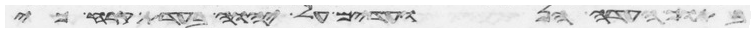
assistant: בתוך העדה הנועדים על יהוה בעדת קרח כי